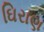
ઘિરાણ